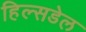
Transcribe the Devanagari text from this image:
हिल्सडेल